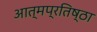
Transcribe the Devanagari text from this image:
आत्मप्रतिष्ठा